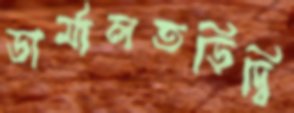
ডার্মালতড়িদ্‌বি